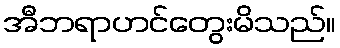
အီဘရာဟင်တွေးမိသည်။